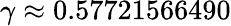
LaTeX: \gamma\approx 0.57721566490